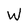
Character: W